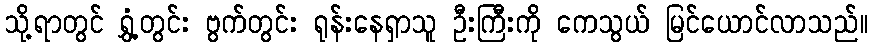
သို့ရာတွင် ရွှံ့တွင်း ဗွက်တွင်း ရုန်းနေရှာသူ ဦးကြီးကို ကေသွယ် မြင်ယောင်လာသည်။